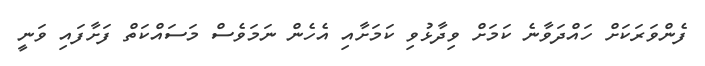
ފެންވަރަކަށް ހައްދަވާނެ ކަމަށް ވިދާޅުވި ކަމަށާއި އެހެން ނަމަވެސް މަސައްކަތް ފަށާފައި ވަނީ